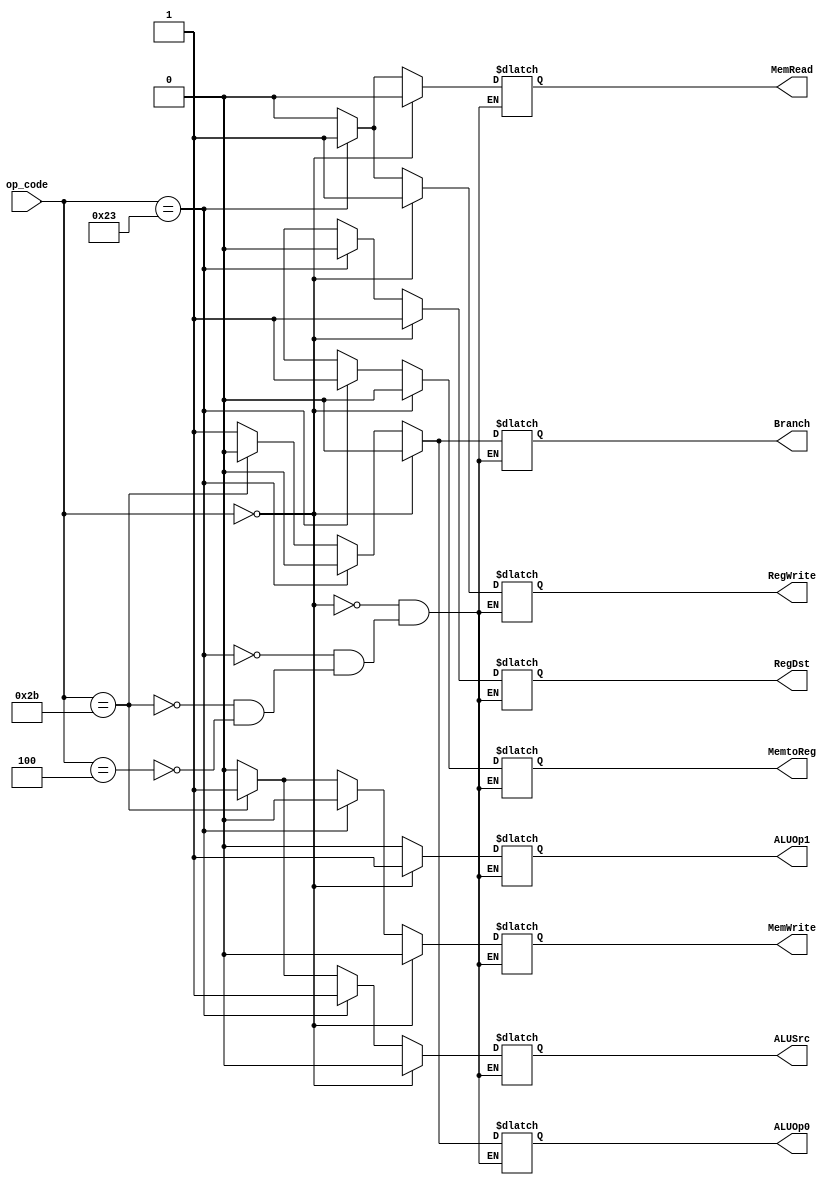
//////////////////////////////////////////////////////////////////////////////////
// Module Name:             control.v
// Last Modification:       4/3/2016
// Description:             control sub-module. Located within instruction decode step.
//                              Determines what operations are performed within processor
//////////////////////////////////////////////////////////////////////////////////

`timescale 1ns / 1ps

module control(op_code, RegDst, ALUSrc, MemtoReg, RegWrite, MemRead, MemWrite, Branch, ALUOp1, ALUOp0
    );
    
    input           [5:0]       op_code;
                                    
    //Control Reg Values            
    output reg                  RegDst;
    output reg                  ALUSrc;
    output reg                  MemtoReg;
    output reg                  RegWrite;
    output reg                  MemRead;
    output reg                  MemWrite;
    output reg                  Branch;
    output reg                  ALUOp1;
    output reg                  ALUOp0;
    
    
        //Control Bit Values
    always @(*)
    begin
        if(op_code == 6'd0) // R type
        begin
            RegDst      <= 1'b1;
            ALUSrc      <= 1'b0;
            MemtoReg    <= 1'b0;
            RegWrite    <= 1'b1;
            MemRead     <= 1'b0;
            MemWrite    <= 1'b0;
            Branch      <= 1'b0;
            ALUOp1      <= 1'b1;
            ALUOp0      <= 1'b0;
        end
        else if(op_code == 6'd35) // load word
        begin
            RegDst      <= 1'b0;
            ALUSrc      <= 1'b1;
            MemtoReg    <= 1'b1;
            RegWrite    <= 1'b1;
            MemRead     <= 1'b1;
            MemWrite    <= 1'b0;
            Branch      <= 1'b0;
            ALUOp1      <= 1'b0;
            ALUOp0      <= 1'b0;
        end
        else if(op_code == 6'd43) // store word
        begin
            RegDst      <= 1'bx;
            ALUSrc      <= 1'b1;
            MemtoReg    <= 1'bx;
            RegWrite    <= 1'b0;
            MemRead     <= 1'b0;
            MemWrite    <= 1'b1;
            Branch      <= 1'b0;
            ALUOp1      <= 1'b0;
            ALUOp0      <= 1'b0;
        end
        else if(op_code == 6'd4) // beq
        begin
            RegDst      <= 1'bx;
            ALUSrc      <= 1'b0;
            MemtoReg    <= 1'bx;
            RegWrite    <= 1'b0;
            MemRead     <= 1'b0;
            MemWrite    <= 1'b0;
            Branch      <= 1'b1;
            ALUOp1      <= 1'b0;
            ALUOp0      <= 1'b1;
        end
    end
    
endmodule